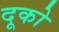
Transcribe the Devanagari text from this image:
दूको